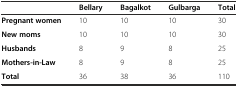
|  | Bellary | Bagalkot | Gulbarga | Total |
 | --- | --- | --- | --- | --- |
 | Pregnant women | 10 | 10 | 10 | 30 |
 | New moms | 10 | 10 | 10 | 30 |
 | Husbands | 8 | 9 | 8 | 25 |
 | Mothers-in-Law | 8 | 9 | 8 | 25 |
 | Total | 36 | 38 | 36 | 110 |